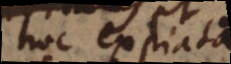
hoc expiata,